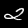
Label: 2